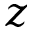
z